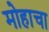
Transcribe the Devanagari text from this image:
मोहाचा